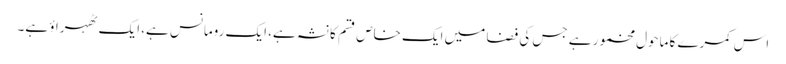
اس کمرے کا ماحول مخمور ہے جس کی فضا میں ایک خاص قسم کا نشہ ہے، ایک رومانس ہے، ایک ٹھہراؤ ہے۔